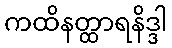
ကထိနတ္ထာရနိဒ္ဒါ